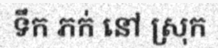
ទឹក ភក់ នៅ ស្រុក